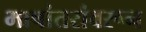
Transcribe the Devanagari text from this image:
भाषांतरांवरून